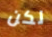
لكن